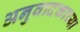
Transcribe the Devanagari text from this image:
अनुवादकाच्या